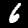
Digit: 6